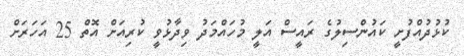
ކުޅުދުއްފުށީ ކައުންސިލުގެ ރައީސް އަލީ މުހައްމަދު ވިދާޅުވީ ކުރިއަށް އޮތް 25 އަހަރަށް